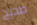
صحيح